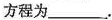
方程为___。